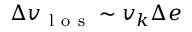
\begin{array} { r } { \Delta v _ { \mathrm { ~ l ~ o ~ s ~ } } \sim v _ { k } \Delta e } \end{array}